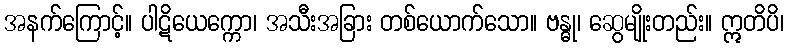
အနက်ကြောင့်။ ပါဋိယေက္ကော၊ အသီးအခြား တစ်ယောက်သော။ ဗန္ဓု၊ ဆွေမျိုးတည်း။ ဣတိပိ၊